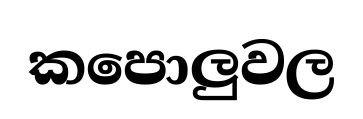
කපොලුවල